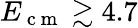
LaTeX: E_{\mathrm{~c~m~}}\gtrsim 4.7